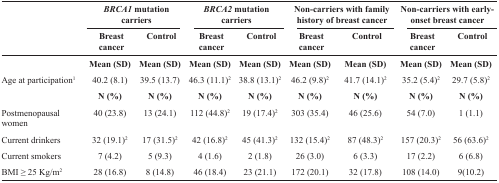
<table><thead><tr><td rowspan="2"></td><td colspan="2"><b><i>BRCA1</i> mutation carriers</b></td><td colspan="2"><b><i>BRCA2</i> mutation carriers</b></td><td colspan="2"><b>Non-carriers with family history of breast cancer</b></td><td colspan="2"><b>Non-carriers with early-onset breast cancer</b></td></tr><tr><td><b>Breast cancer</b></td><td><b>Control</b></td><td><b>Breast cancer</b></td><td><b>Control</b></td><td><b>Breast cancer</b></td><td><b>Control</b></td><td><b>Breast cancer</b></td><td><b>Control</b></td></tr></thead><tbody><tr><td></td><td><b>Mean (SD)</b></td><td><b>Mean (SD)</b></td><td><b>Mean (SD)</b></td><td><b>Mean (SD)</b></td><td><b>Mean (SD)</b></td><td><b>Mean (SD)</b></td><td><b>Mean (SD)</b></td><td><b>Mean (SD)</b></td></tr><tr><td>Age at participation<sup>1</sup></td><td>40.2 (8.1)</td><td>39.5 (13.7)</td><td>46.3 (11.1)<sup>2</sup></td><td>38.8 (13.1)<sup>2</sup></td><td>46.2 (9.8)<sup>2</sup></td><td>41.7 (14.1)<sup>2</sup></td><td>35.2 (5.4)<sup>2</sup></td><td>29.7 (5.8)<sup>2</sup></td></tr><tr><td></td><td><b>N (%)</b></td><td><b>N (%)</b></td><td><b>N (%)</b></td><td><b>N (%)</b></td><td><b>N (%)</b></td><td><b>N (%)</b></td><td><b>N (%)</b></td><td><b>N (%)</b></td></tr><tr><td>Postmenopausal women</td><td>40 (23.8)</td><td>13 (24.1)</td><td>112 (44.8)<sup>2</sup></td><td>19 (17.4)<sup>2</sup></td><td>303 (35.4)</td><td>46 (25.6)</td><td>54 (7.0)</td><td>1 (1.1)</td></tr><tr><td>Current drinkers</td><td>32 (19.1)<sup>2</sup></td><td>17 (31.5)<sup>2</sup></td><td>42 (16.8)<sup>2</sup></td><td>45 (41.3)<sup>2</sup></td><td>132 (15.4)<sup>2</sup></td><td>87 (48.3)<sup>2</sup></td><td>157 (20.3)<sup>2</sup></td><td>56 (63.6)<sup>2</sup></td></tr><tr><td>Current smokers</td><td>7 (4.2)</td><td>5 (9.3)</td><td>4 (1.6)</td><td>2 (1.8)</td><td>26 (3.0)</td><td>6 (3.3)</td><td>17 (2.2)</td><td>6 (6.8)</td></tr><tr><td>BMI ≥ 25 Kg/m<sup>2</sup></td><td>28 (16.8)</td><td>8 (14.8)</td><td>46 (18.4)</td><td>23 (21.1)</td><td>172 (20.1)</td><td>32 (17.8)</td><td>108 (14.0)</td><td>9(10.2)</td></tr></tbody></table>